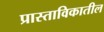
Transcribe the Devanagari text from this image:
प्रास्ताविकातील